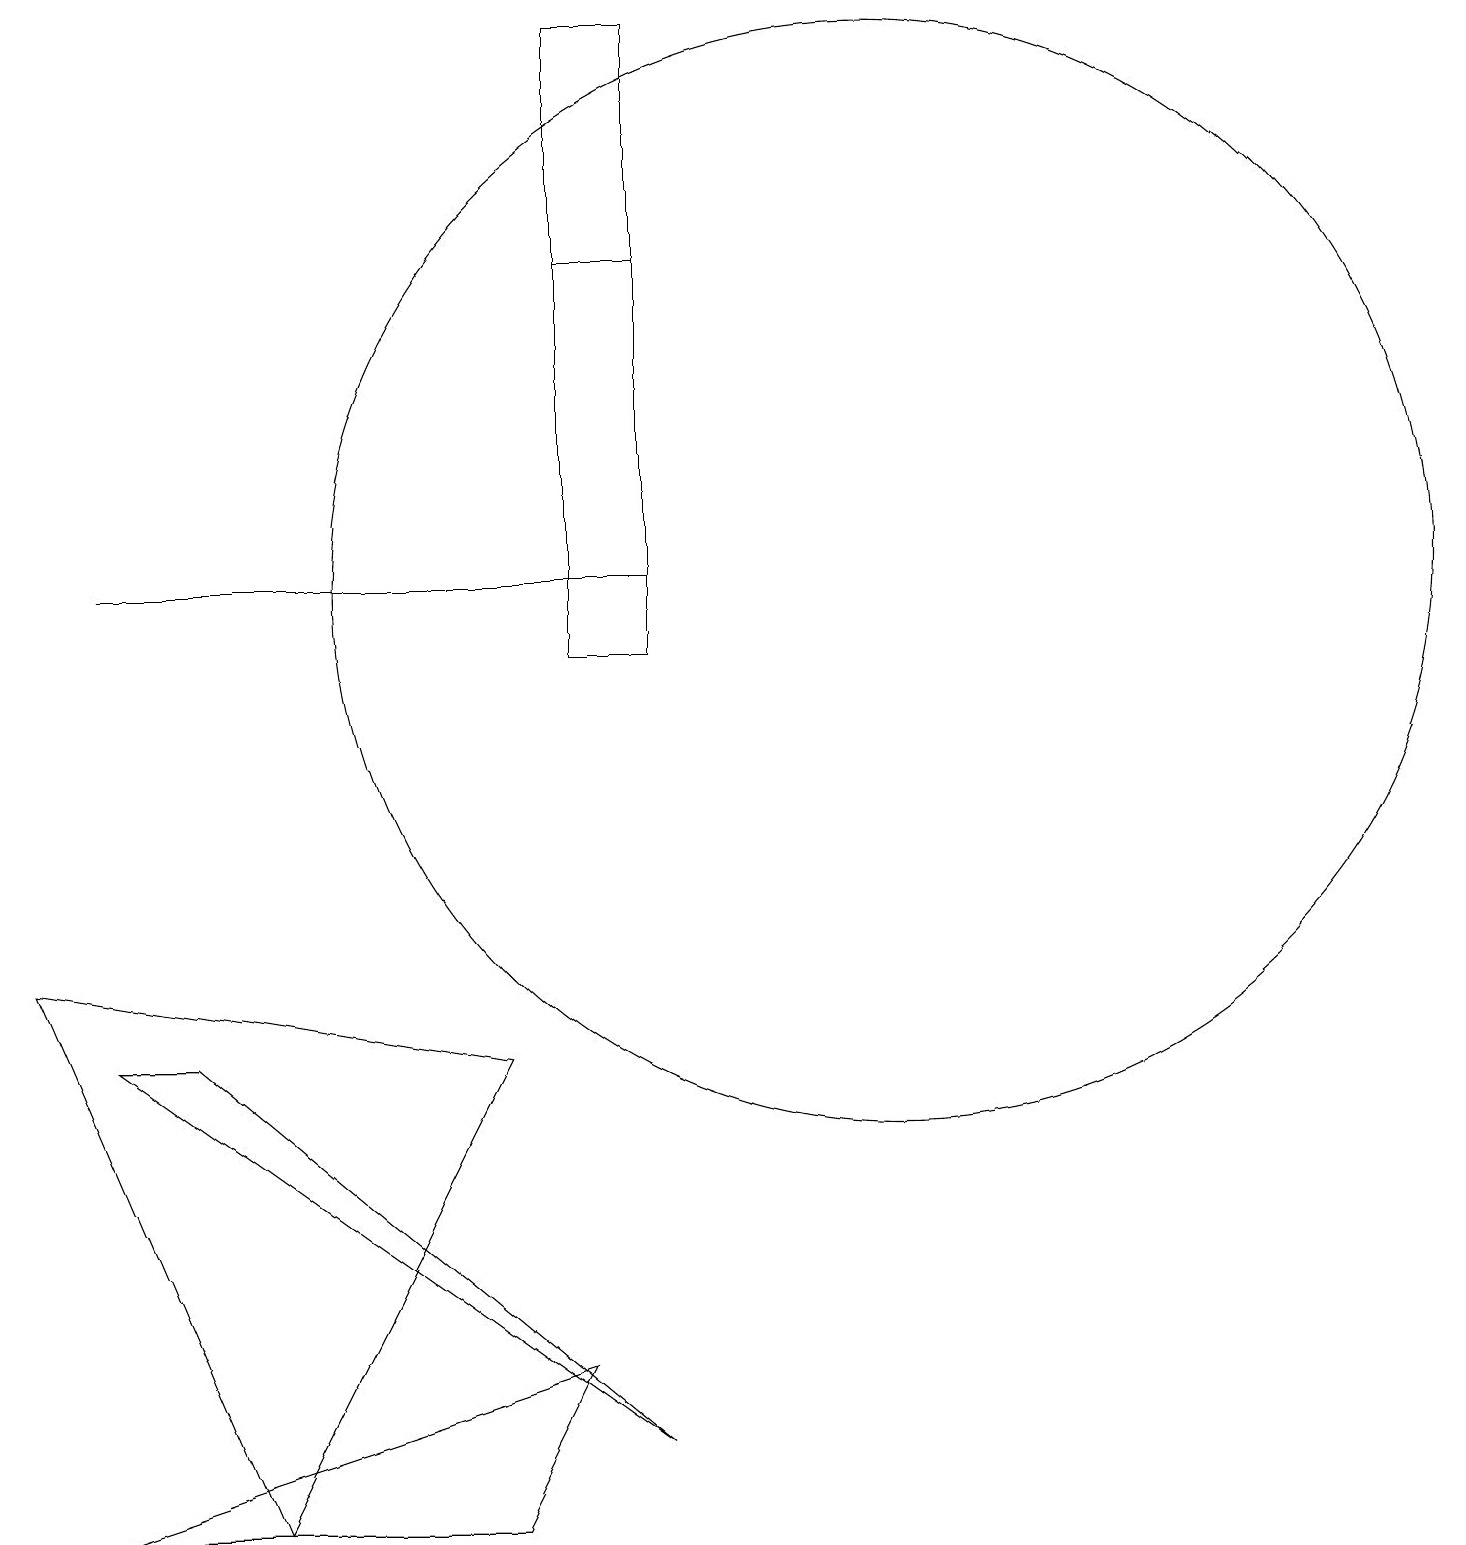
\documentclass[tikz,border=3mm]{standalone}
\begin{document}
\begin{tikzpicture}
\draw (10,11) circle (0);
\draw (8,12) rectangle (1,12);
\draw (11,12) circle (7);
\draw (8,1) -- (2,6) -- (1,6) -- cycle;
\draw (8,16) rectangle (7,11);
\draw (0,7) -- (3,0) -- (6,6) -- cycle;
\draw (7,19) rectangle (8,11);
\draw (1,0) -- (7,2) -- (6,0) -- cycle;
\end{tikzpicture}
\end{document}